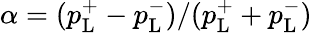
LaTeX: \alpha=(p_{\mathrm{L}}^{+}-p_{\mathrm{L}}^{-})/(p_{\mathrm{L}}^{+}+p_{\mathrm{L}}^{-})